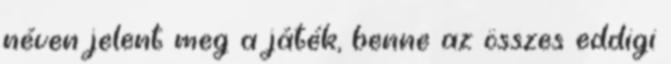
néven jelent meg a játék, benne az összes eddigi